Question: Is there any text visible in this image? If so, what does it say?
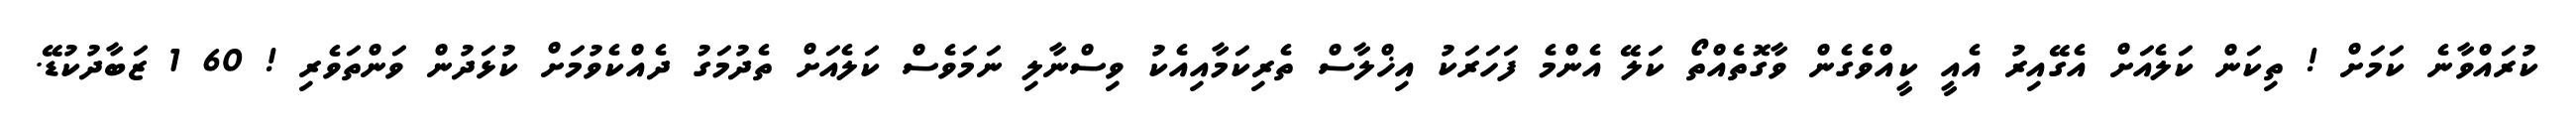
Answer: ކުރައްވާނެ ކަމަށް ! ތިކަން ކަލެއަށް އެގޭއިރު އެއީ ކީއްވެގެން ވާގޮތެއްތޯ ކަލޭ އެންމެ ފަހަރަކު އިޚްލާސް ތެރިކަމާއިއެކު ވިސްނާލި ނަމަވެސް ކަލެއަށް ތެދުމަގު ދެއްކެވުމަށް ކުޅަދުން ވަންތަވެރި ! 60 1 ޒަބާދުކުޑޭ.